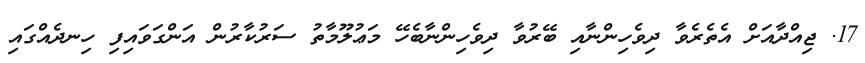
17. ޖިއްދާއަށް އެތެރެވާ ދިވެހިންނާއި ބޭރުވާ ދިވެހިންނާބެހޭ މަޢުލޫމާތު ސަރުކާރުން އަންގަވައިފި ހިނދެއްގައި